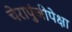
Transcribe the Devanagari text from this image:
चेरापुंजीपेक्षा